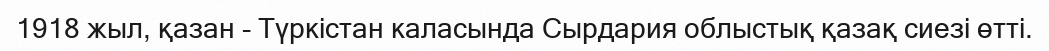
1918 жыл, қазан - Түркістан каласында Сырдария облыстық қазақ сиезі өтті.